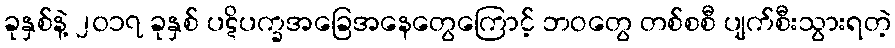
ခုနှစ်နဲ့ ၂၀၁၇ ခုနှစ် ပဋိပက္ခအခြေအနေတွေကြောင့် ဘဝတွေ တစ်စစီ ပျက်စီးသွားရတဲ့